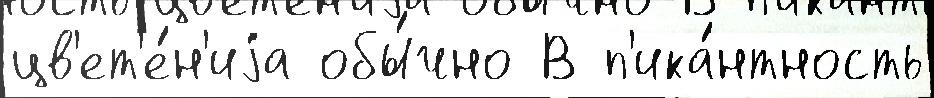
цв'ет'е́н'иjа обы́чно В п'ика́нтность